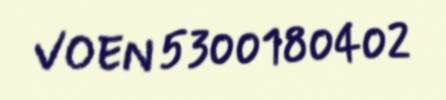
VOEN 5300180402